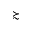
\succsim